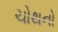
ચોથનો